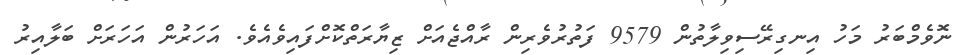
ނޮވެމްބަރު މަހު އިނގިރޭސިވިލާތުން 9579 ފަތުރުވެރިން ރާއްޖެއަށް ޒިޔާރަތްކޮށްފައިވެއެވެ. އަހަރުން އަހަރަށް ބަލާއިރު